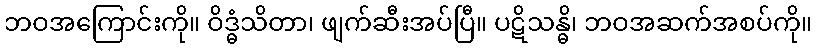
ဘဝအကြောင်းကို။ ဝိဒ္ဓံသိတာ၊ ဖျက်ဆီးအပ်ပြီ။ ပဋိသန္ဓိ၊ ဘဝအဆက်အစပ်ကို။